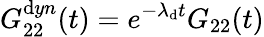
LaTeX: G_{22}^{\mathrm{d}yn}(t)=e^{-\lambda_{\mathrm{d}}t}G_{22}(t)